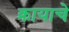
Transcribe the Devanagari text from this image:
क्रायाचे